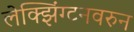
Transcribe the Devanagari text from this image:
लेक्झिंग्टनवरुन